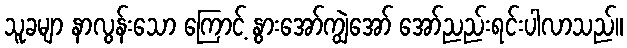
သူခမျာ နာလွန်းသော ကြောင့် နွားအော်ကျွဲအော် အော်ညည်းရင်းပါလာသည်။